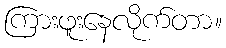
ကြားဖူးနေလိုက်တာ။